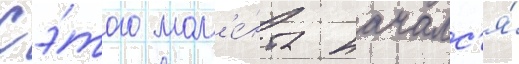
С э́того мом'е́нта началс'я́